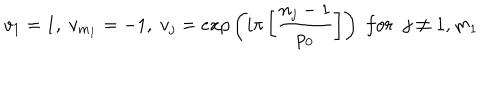
v _ { 1 } = 1 , \; v _ { m _ { 1 } } = - 1 , \; v _ { j } = e x p \left( i \pi \left[ \frac { n _ { j } - 1 } { p _ { 0 } } \right] \right) \; f o r \; \; j \neq 1 , m _ { 1 }